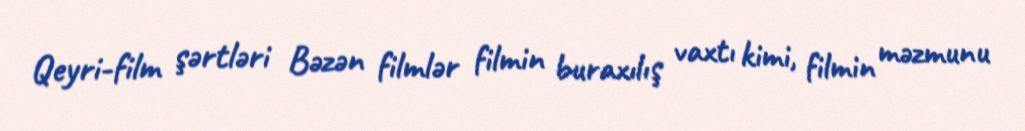
Qeyri-film şərtləri Bəzən filmlər filmin buraxılış vaxtı kimi, filmin məzmunu